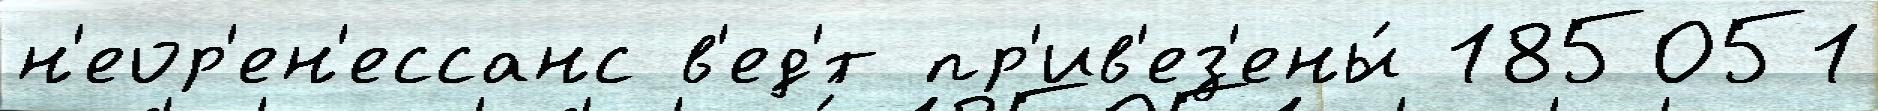
н'еор'ен'ессанс в'ед'́т пр'ив'ез'ены́ 185051